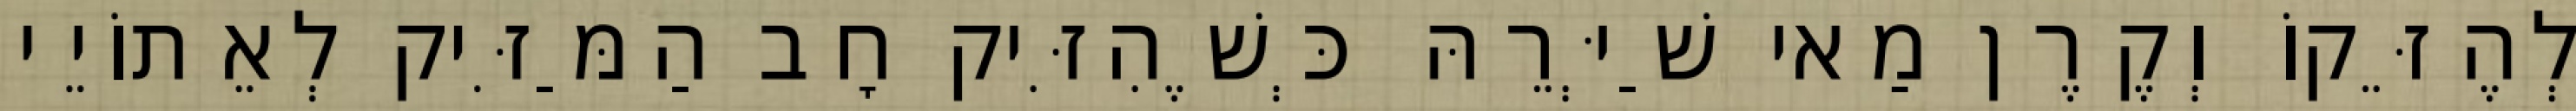
לְהֶזֵּקוֹ וְקֶרֶן מַאי שַׁיְּרֵהּ כְּשֶׁהִזִּיק חָב הַמַּזִּיק לְאֵתוֹיֵי